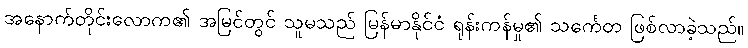
အနောက်တိုင်းလောက၏ အမြင်တွင် သူမသည် မြန်မာနိုင်ငံ ရုန်းကန်မှု၏ သင်္ကေတ ဖြစ်လာခဲ့သည်။